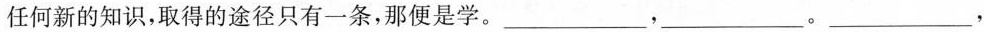
任何新的知识，取得的途径只有一条，那便是学。___，___，___，